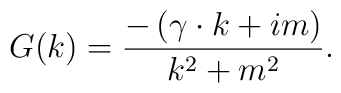
G(k)=\frac{-\left( \gamma \cdot k+im\right) }{k^{2}+m^{2}}.